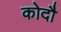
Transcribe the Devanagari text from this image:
कोदौ